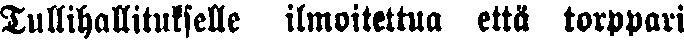
Tullihallitukselle ilmoitettua että torppari